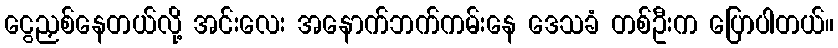
ငွေညှစ်နေတယ်လို့ အင်းလေး အနောက်ဘက်ကမ်းနေ ဒေသခံ တစ်ဦးက ပြောပါတယ်။